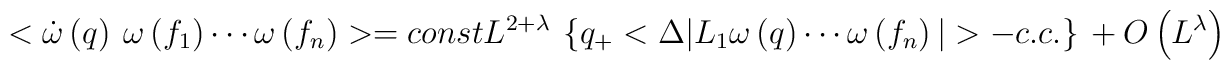
<\dot{\omega}\left( q \right)~\omega\left( f_{1} \right)\cdots\omega\left(f_{n} \right)>=const   L^{2+\lambda} ~  \left\{ q_{+}<\Delta|L_{1}\omega\left(q \right)\cdots\omega\left( f_{n} \right)| >-c.c. \right\}~+~O\left(L^{\lambda} \right)